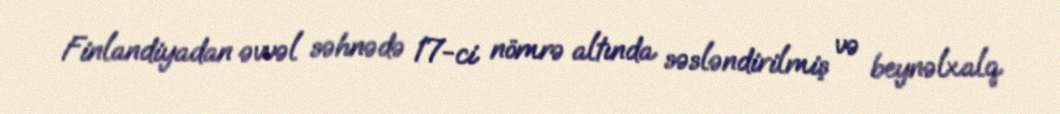
Finlandiyadan əvvəl səhnədə 17-ci nömrə altında səsləndirilmiş və beynəlxalq